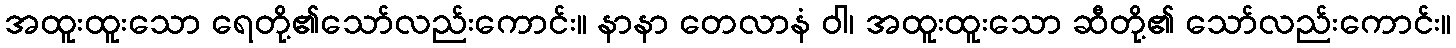
အထူးထူးသော ရေတို့၏သော်လည်းကောင်း။ နာနာ တေလာနံ ဝါ၊ အထူးထူးသော ဆီတို့၏ သော်လည်းကောင်း။